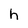
Character: h